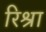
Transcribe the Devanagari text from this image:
रिश्रा